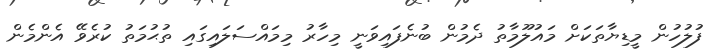
ފުލުހުން މީޑިޔާތަކަށް މައުލޫމާތު ދެމުން ބުނެފައިވަނީ މިހާރު މިމައްސަލައިގައި ތުޙުމަތު ކުރެވޭ އެންމެން